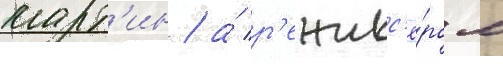
март'ин / а́ р'ежисс'ё́ром